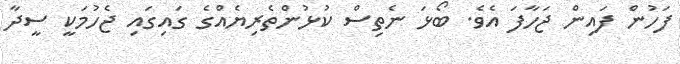
ފަހުން ފައިން ޖަހާފަ އެވެ. ބޯޅަ ނެތިސް ކުޅުންތެރިޔެއްގެ ގައިގައި ޖެހުމަކީ ސީދާ